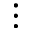
\vdots